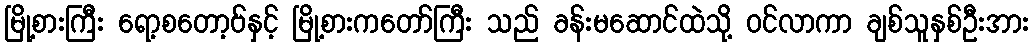
မြို့စားကြီး ရော့စတော့ဗ်နှင့် မြို့စားကတော်ကြီး သည် ခန်းမဆောင်ထဲသို့ ဝင်လာကာ ချစ်သူနှစ်ဦးအား